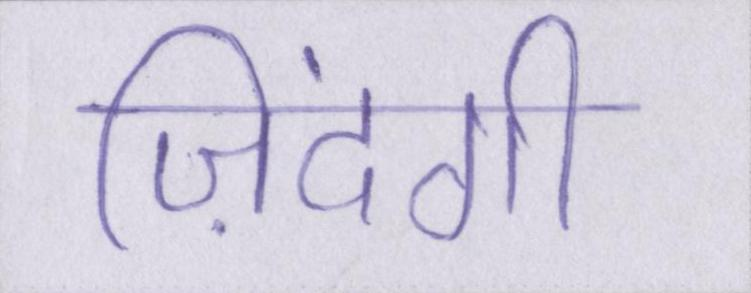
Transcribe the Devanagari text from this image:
ज़िंदगी